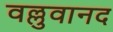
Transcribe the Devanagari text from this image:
वल्लुवानद